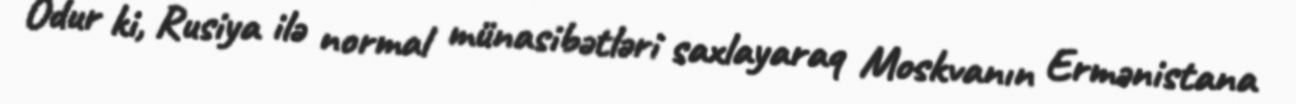
Odur ki, Rusiya ilə normal münasibətləri saxlayaraq Moskvanın Ermənistana